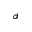
d